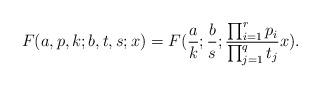
LaTeX: \begin{align*}F(a,p,k;b,t,s;x)=F(\frac{a}{k};\frac{b}{s};\frac{\prod_{i=1}^{r}p_{i}}{\prod_{j=1}^{q}t_{j}}x).\end{align*}